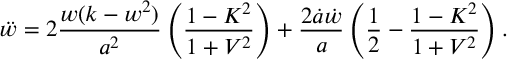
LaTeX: \ddot { w } = 2 \frac { w ( k - w ^ { 2 } ) } { a ^ { 2 } } \left( \frac { 1 - K ^ { 2 } } { 1 + V ^ { 2 } } \right) + \frac { 2 \dot { a } \dot { w } } { a } \left( \frac 1 2 - \frac { 1 - K ^ { 2 } } { 1 + V ^ { 2 } } \right) .